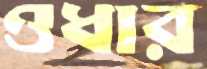
ওধার